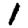
Digit: 1